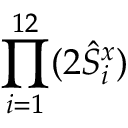
\prod _ { i = 1 } ^ { 1 2 } ( 2 \hat { S } _ { i } ^ { x } )